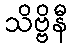
သိဗ္ဗိနီ